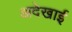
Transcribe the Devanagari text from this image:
अदेखाई